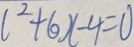
l ^ { 2 } + 6 x - 4 = 0